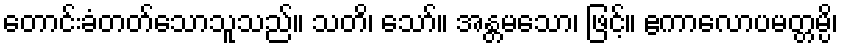
တောင်းခံတတ်သောသူသည်။ သတိ၊ သော်။ အန္တမသော၊ ဖြင့်။ ဧကာလောပမတ္တမ္ပိ၊